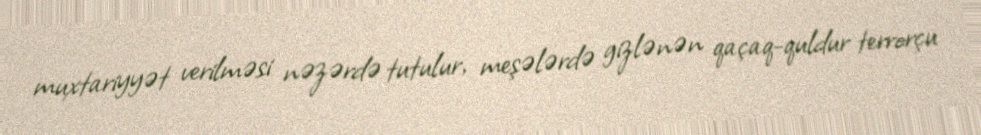
muxtariyyət verilməsi nəzərdə tutulur, meşələrdə gizlənən qaçaq-quldur terrorçu